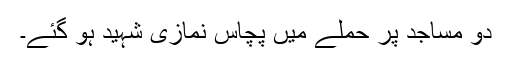
دو مساجد پر حملے میں پچاس نمازی شہید ہو گئے۔